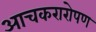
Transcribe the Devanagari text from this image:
आचकरारोपण